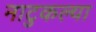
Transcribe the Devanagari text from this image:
नाटुकल्या